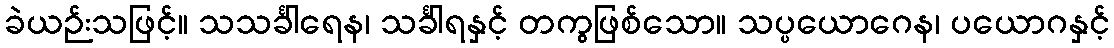
ခဲယဉ်းသဖြင့်။ သသင်္ခါရေန၊ သင်္ခါရနှင့် တကွဖြစ်သော။ သပ္ပယောဂေန၊ ပယောဂနှင့်